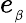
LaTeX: e_{_{\beta}}